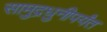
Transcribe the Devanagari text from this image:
सामुद्रधुनीपर्यंत